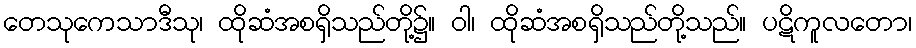
တေသုကေသာဒီသု၊ ထိုဆံအစရှိသည်တို့၌။ ဝါ၊ ထိုဆံအစရှိသည်တို့သည်။ ပဋိကူလတော၊